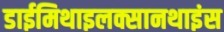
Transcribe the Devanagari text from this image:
डाईमिथाइलक्सानथाइंस